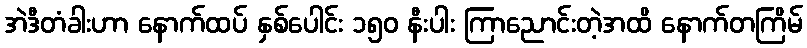
အဲဒီတံခါးဟာ နောက်ထပ် နှစ်ပေါင်း ၁၅၀ နီးပါး ကြာညောင်းတဲ့အထိ နောက်တကြိမ်